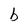
Character: b